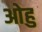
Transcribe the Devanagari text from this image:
ओहु